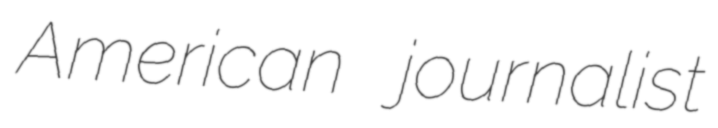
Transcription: American journalist